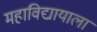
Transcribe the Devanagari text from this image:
महाविद्यायाला